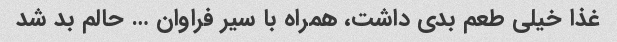
غذا خیلی طعم بدی داشت، همراه با سیر فراوان … حالم بد شد